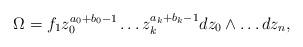
LaTeX: \begin{align*}\Omega=f_1 z_0^{a_0+b_0-1}\ldots z_k^{a_k+b_k-1} dz_0\wedge \ldots dz_n,\end{align*}